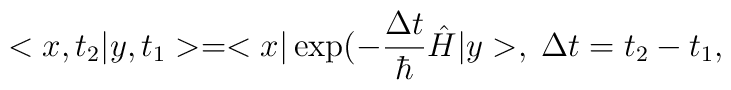
<x,t_2|y,t_1> = <x| \exp (-\frac{\Delta t}{\hbar} \hat{H}|y>,\; \Delta t=t_2-t_1,